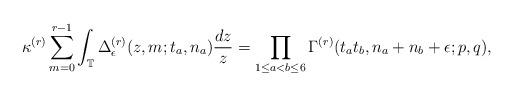
LaTeX: \begin{align*} \kappa^{(r)}\sum_{m=0}^{r-1}\int_{\mathbb{T}}\Delta_\epsilon^{(r)}(z,m;t_a,n_a)\frac{dz}{z}= \prod_{1 \leq a < b \leq 6} \Gamma^{(r)}(t_a t_b,n_a+n_b+\epsilon;p,q),\end{align*}